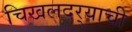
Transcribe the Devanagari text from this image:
चिखलदर्‍याची